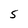
Character: 5